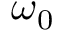
\omega _ { 0 }